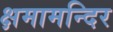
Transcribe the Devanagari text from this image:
क्षमामन्दिर